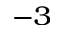
^ { - 3 }